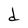
Character: d